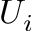
U _ { i }